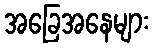
အခြေအနေများ